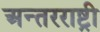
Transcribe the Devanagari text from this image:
अन्तरराष्ट्री